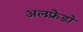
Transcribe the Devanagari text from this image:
अलफ़्रेडो